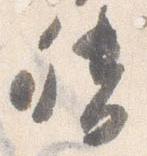
督